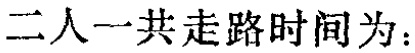
二人一共走路时间为：